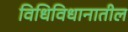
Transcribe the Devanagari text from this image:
विधिविधानातील